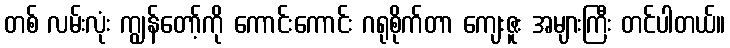
တစ် လမ်းလုံး ကျွန်တော့်ကို ကောင်းကောင်း ဂရုစိုက်တာ ကျေးဇူး အများကြီး တင်ပါတယ်။